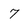
Character: 7